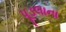
પૂડલાના